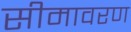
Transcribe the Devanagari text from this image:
सीमावरण